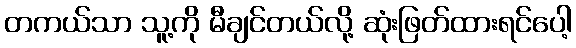
တကယ်သာ သူ့ကို မီချင်တယ်လို့ ဆုံးဖြတ်ထားရင်ပေါ့